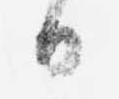
日